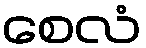
စေလံ